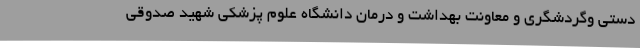
دستی وگردشگری و معاونت بهداشت و درمان دانشگاه علوم پزشکی شهید صدوقی